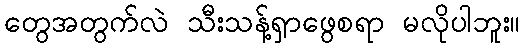
တွေအတွက်လဲ သီးသန့်ရှာဖွေစရာ မလိုပါဘူး။